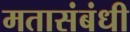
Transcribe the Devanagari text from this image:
मतासंबंधी